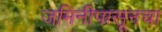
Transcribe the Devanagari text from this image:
जमिनीपासूनचा